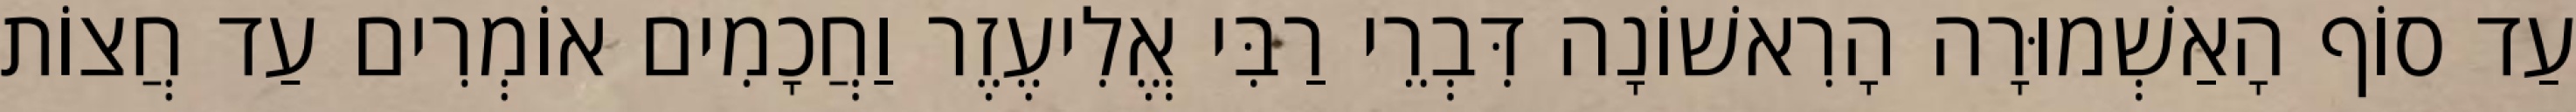
עַד סוֹף הָאַשְׁמוּרָה הָרִאשׁוֹנָה דִּבְרֵי רַבִּי אֱלִיעֶזֶר וַחֲכָמִים אוֹמְרִים עַד חֲצוֹת